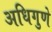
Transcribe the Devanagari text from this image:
अधिगुणे